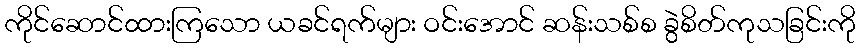
ကိုင်ဆောင်ထားကြသော ယခင်ရက်များ ဝင်းအောင် ဆန်းသစ်စ ခွဲစိတ်ကုသခြင်းကို